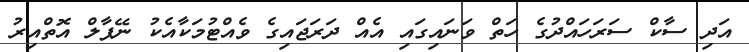
އަދި ސާކް ސަރަހައްދުގެ ހަތް ވަނައިގައި އެއް ދަރަޖައިގެ ވެއްޓުމަކާއެކު ނޭޕާލް އޮތްއިރު